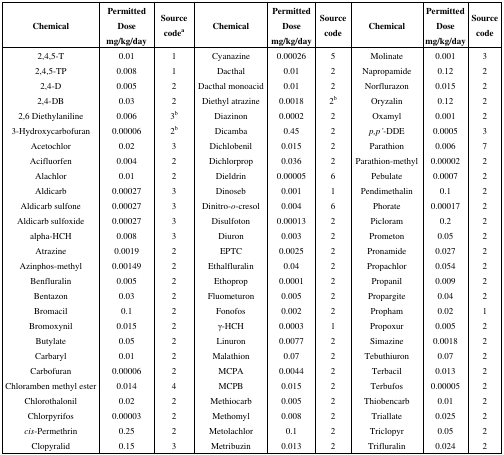
<table><thead><tr><td><b>Chemical</b></td><td><b>Permitted Dose mg/kg/day</b></td><td><b>Source code<sup>a</sup></b></td><td><b>Chemical</b></td><td><b>Permitted Dose mg/kg/day</b></td><td><b>Source code</b></td><td><b>Chemical</b></td><td><b>Permitted Dose mg/kg/day</b></td><td><b>Source code</b></td></tr></thead><tbody><tr><td>2,4,5-T</td><td>0.01</td><td>1</td><td>Cyanazine</td><td>0.00026</td><td>5</td><td>Molinate</td><td>0.001</td><td>3</td></tr><tr><td>2,4,5-TP</td><td>0.008</td><td>1</td><td>Dacthal</td><td>0.01</td><td>2</td><td>Napropamide</td><td>0.12</td><td>2</td></tr><tr><td>2,4-D</td><td>0.005</td><td>2</td><td>Dacthal monoacid</td><td>0.01</td><td>2</td><td>Norflurazon</td><td>0.015</td><td>2</td></tr><tr><td>2,4-DB</td><td>0.03</td><td>2</td><td>Diethyl atrazine</td><td>0.0018</td><td>2<sup>b</sup></td><td>Oryzalin</td><td>0.12</td><td>2</td></tr><tr><td>2,6 Diethylaniline</td><td>0.006</td><td>3<sup>b</sup></td><td>Diazinon</td><td>0.0002</td><td>2</td><td>Oxamyl</td><td>0.001</td><td>2</td></tr><tr><td>3-Hydroxycarbofuran</td><td>0.00006</td><td>2<sup>b</sup></td><td>Dicamba</td><td>0.45</td><td>2</td><td><i>p,p’</i>-DDE</td><td>0.0005</td><td>3</td></tr><tr><td>Acetochlor</td><td>0.02</td><td>3</td><td>Dichlobenil</td><td>0.015</td><td>2</td><td>Parathion</td><td>0.006</td><td>7</td></tr><tr><td>Acifluorfen</td><td>0.004</td><td>2</td><td>Dichlorprop</td><td>0.036</td><td>2</td><td>Parathion-methyl</td><td>0.00002</td><td>2</td></tr><tr><td>Alachlor</td><td>0.01</td><td>2</td><td>Dieldrin</td><td>0.00005</td><td>6</td><td>Pebulate</td><td>0.0007</td><td>2</td></tr><tr><td>Aldicarb</td><td>0.00027</td><td>3</td><td>Dinoseb</td><td>0.001</td><td>1</td><td>Pendimethalin</td><td>0.1</td><td>2</td></tr><tr><td>Aldicarb sulfone</td><td>0.00027</td><td>3</td><td>Dinitro-<i>o</i>-cresol</td><td>0.004</td><td>6</td><td>Phorate</td><td>0.00017</td><td>2</td></tr><tr><td>Aldicarb sulfoxide</td><td>0.00027</td><td>3</td><td>Disulfoton</td><td>0.00013</td><td>2</td><td>Picloram</td><td>0.2</td><td>2</td></tr><tr><td>alpha-HCH</td><td>0.008</td><td>3</td><td>Diuron</td><td>0.003</td><td>2</td><td>Prometon</td><td>0.05</td><td>2</td></tr><tr><td>Atrazine</td><td>0.0019</td><td>2</td><td>EPTC</td><td>0.0025</td><td>2</td><td>Pronamide</td><td>0.027</td><td>2</td></tr><tr><td>Azinphos-methyl</td><td>0.00149</td><td>2</td><td>Ethalfluralin</td><td>0.04</td><td>2</td><td>Propachlor</td><td>0.054</td><td>2</td></tr><tr><td>Benfluralin</td><td>0.005</td><td>2</td><td>Ethoprop</td><td>0.0001</td><td>2</td><td>Propanil</td><td>0.009</td><td>2</td></tr><tr><td>Bentazon</td><td>0.03</td><td>2</td><td>Fluometuron</td><td>0.005</td><td>2</td><td>Propargite</td><td>0.04</td><td>2</td></tr><tr><td>Bromacil</td><td>0.1</td><td>2</td><td>Fonofos</td><td>0.002</td><td>2</td><td>Propham</td><td>0.02</td><td>1</td></tr><tr><td>Bromoxynil</td><td>0.015</td><td>2</td><td>γ-HCH</td><td>0.0003</td><td>1</td><td>Propoxur</td><td>0.005</td><td>2</td></tr><tr><td>Butylate</td><td>0.05</td><td>2</td><td>Linuron</td><td>0.0077</td><td>2</td><td>Simazine</td><td>0.0018</td><td>2</td></tr><tr><td>Carbaryl</td><td>0.01</td><td>2</td><td>Malathion</td><td>0.07</td><td>2</td><td>Tebuthiuron</td><td>0.07</td><td>2</td></tr><tr><td>Carbofuran</td><td>0.00006</td><td>2</td><td>MCPA</td><td>0.0044</td><td>2</td><td>Terbacil</td><td>0.013</td><td>2</td></tr><tr><td>Chloramben methyl ester</td><td>0.014</td><td>4</td><td>MCPB</td><td>0.015</td><td>2</td><td>Terbufos</td><td>0.00005</td><td>2</td></tr><tr><td>Chlorothalonil</td><td>0.02</td><td>2</td><td>Methiocarb</td><td>0.005</td><td>2</td><td>Thiobencarb</td><td>0.01</td><td>2</td></tr><tr><td>Chlorpyrifos</td><td>0.00003</td><td>2</td><td>Methomyl</td><td>0.008</td><td>2</td><td>Triallate</td><td>0.025</td><td>2</td></tr><tr><td><i>cis</i>-Permethrin</td><td>0.25</td><td>2</td><td>Metolachlor</td><td>0.1</td><td>2</td><td>Triclopyr</td><td>0.05</td><td>2</td></tr><tr><td>Clopyralid</td><td>0.15</td><td>3</td><td>Metribuzin</td><td>0.013</td><td>2</td><td>Trifluralin</td><td>0.024</td><td>2</td></tr></tbody></table>